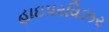
હાઇપરવિઝર